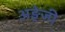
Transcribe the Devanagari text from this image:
अङ्रेजी